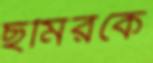
ছমিরকে